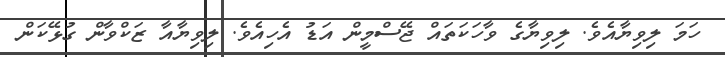
ހަމަ ލިވިޔާއެވެ. ލިވިޔާގެ ވާހަކަތައް ޖޭސްމީން އަޑު އެހިއެވެ. ލިވިޔާއާ ޒަކްވާން ގުޅޭކަން